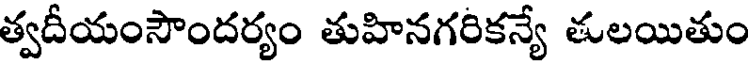
త్వదీయంసౌందర్యం తుహినగరికన్యే తులయితుం